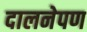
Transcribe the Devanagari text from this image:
दालनेपण